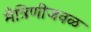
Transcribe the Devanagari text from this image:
मैत्रिणीजवळ